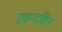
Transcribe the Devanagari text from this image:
एइन्दविन